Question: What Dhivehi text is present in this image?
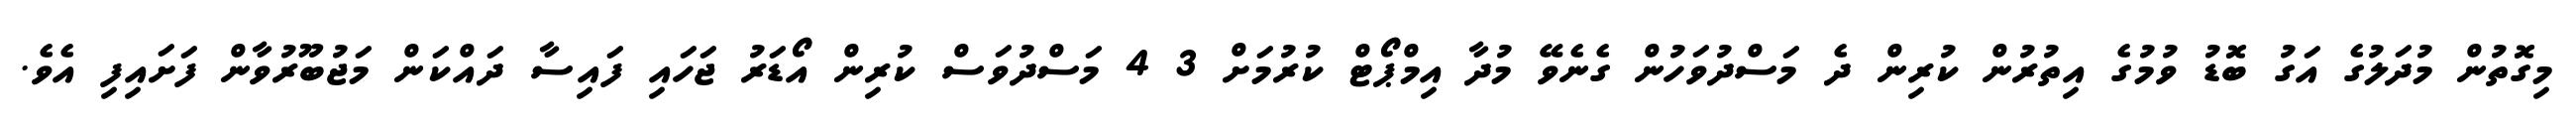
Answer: މިގޮތުން މުދަލުގެ އަގު ބޮޑު ވުމުގެ އިތުރުން ކުރިން ދެ މަސްދުވަހުން ގެނެވޭ މުދާ އިމްޕޯޓް ކުރުމަށް 3 4 މަސްދުވަސް ކުރިން އޯޑަރު ޖަހައި ފައިސާ ދައްކަން މަޖުބޫރުވާން ފަށައިފި އެވެ.